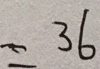
= 3 6